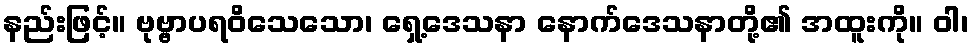
နည်းဖြင့်။ ဗုဗ္ဗာပရဝိသေသော၊ ရှေ့ဒေသနာ နောက်ဒေသနာတို့၏ အထူးကို။ ဝါ၊